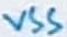
Text: VSS